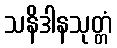
သနိဒါနသုတ္တံ